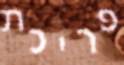
פריכת